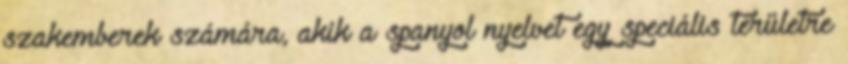
szakemberek számára, akik a spanyol nyelvet egy speciális területre